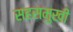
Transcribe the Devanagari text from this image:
सहसमुखी